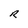
Character: R